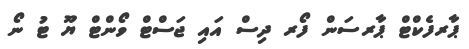
ޕާރފެކްޓް ޕާރސަން ފޯރ ދިސް އައި ޖަސްޓް ވޯންޓް ޔޫ ޓު ނޯ